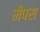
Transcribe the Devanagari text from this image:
मैपस